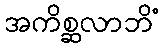
အကိစ္ဆလာဘိံ